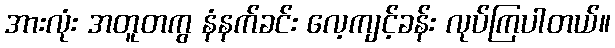
အားလုံး အတူတကွ နံနက်ခင်း လေ့ကျင့်ခန်း လုပ်ကြပါတယ်။